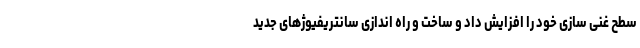
سطح غنی سازی خود را افزایش داد و ساخت و راه اندازی سانتریفیوژهای جدید